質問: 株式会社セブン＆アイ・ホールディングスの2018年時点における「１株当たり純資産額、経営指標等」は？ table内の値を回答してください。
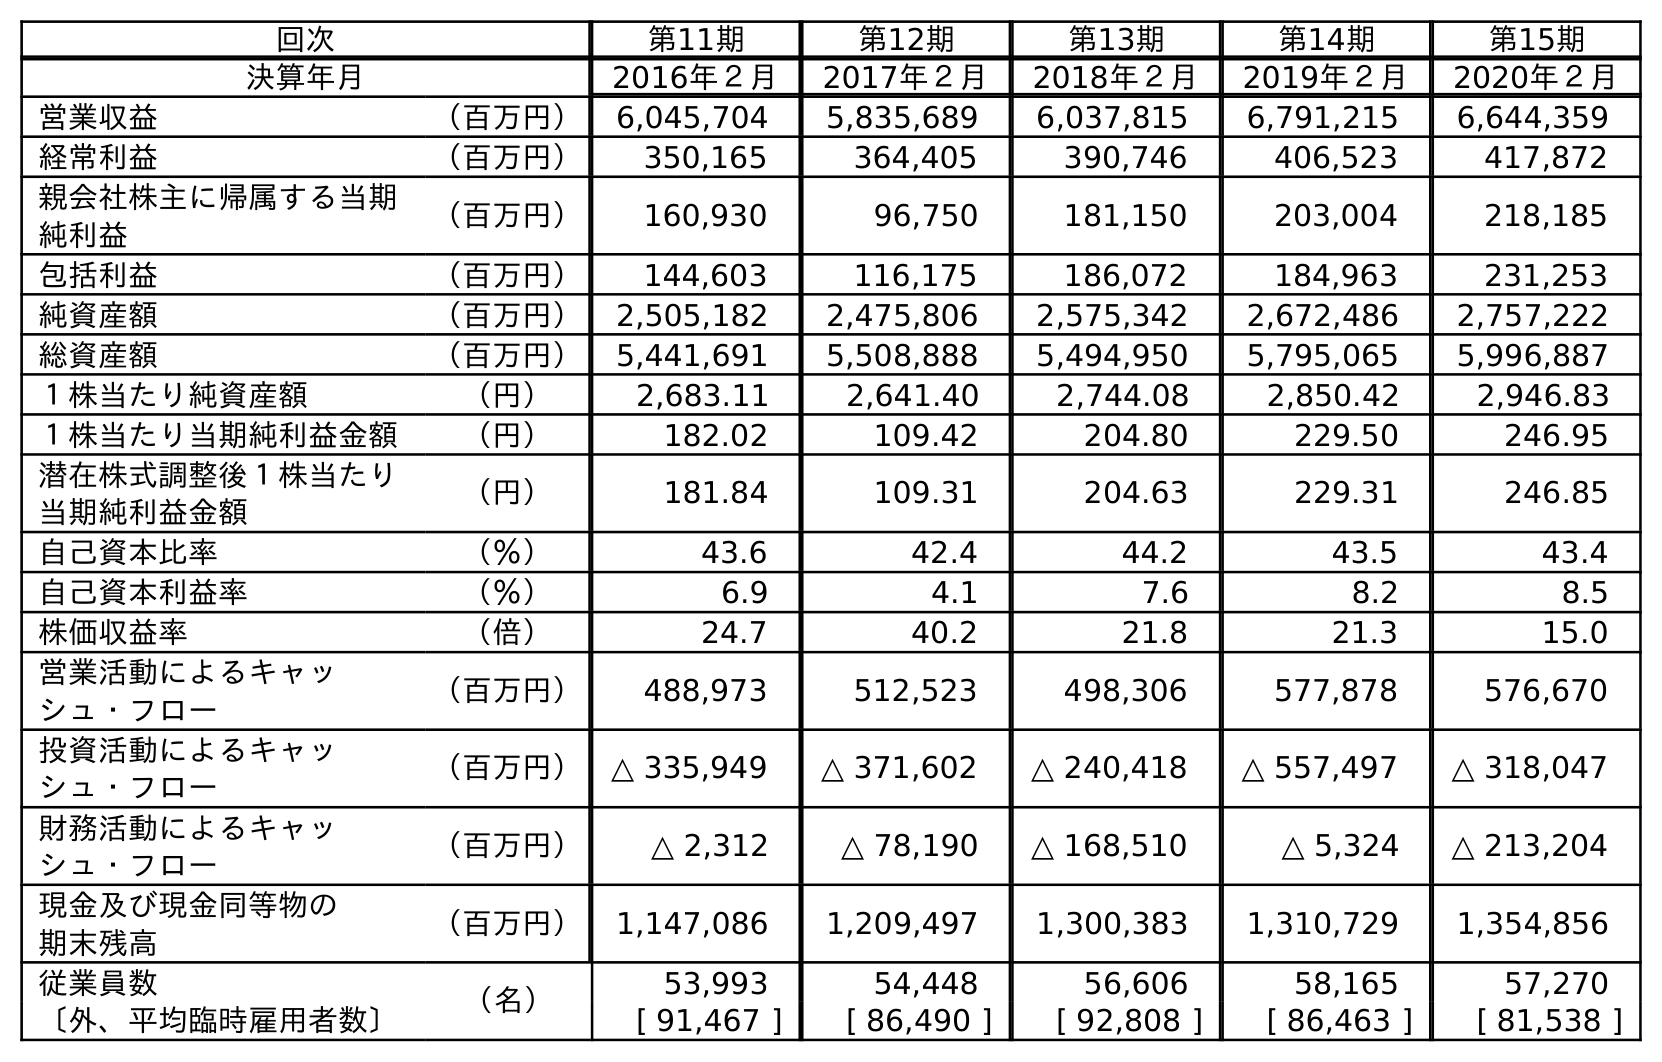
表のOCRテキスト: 回次 第11期 第12期 第13期 第14期 第15期 決算年月 2016年２月 2017年２月 2018年２月 2019年２月 2020年２月 営業収益 （百万円） 6,045,704 5,835,689 6,037,815 6,791,215 6,644,359 経常利益 （百万円） 350,165 364,405 390,746 406,523 417,872 親会社株主に帰属する当期 純利益 （百万円） 160,930 96,750 181,150 203,004 218,185 包括利益 （百万円） 144,603 116,175 186,072 184,963 231,253 純資産額 （百万円） 2,505,182 2,475,806 2,575,342 2,672,486 2,757,222 総資産額 （百万円） 5,441,691 5,508,888 5,494,950 5,795,065 5,996,887 １株当たり純資産額 （円） 2,683.11 2,641.40 2,744.08 2,850.42 2,946.83 １株当たり当期純利益金額 （円） 182.02 109.42 204.80 229.50 246.95 潜在株式調整後１株当たり 当期純利益金額 （円） 181.84 109.31 204.63 229.31 246.85 自己資本比率 （％） 43.6 42.4 44.2 43.5 43.4 自己資本利益率 （％） 6.9 4.1 7.6 8.2 8.5 株価収益率 （倍） 24.7 40.2 21.8 21.3 15.0 営業活動によるキャッ シュ・フロー （百万円） 488,973 512,523 498,306 577,878 576,670 投資活動によるキャッ シュ・フロー （百万円） △ 335,949 △ 371,602 △ 240,418 △ 557,497 △ 318,047 財務活動によるキャッ シュ・フロー （百万円） △ 2,312 △ 78,190 △ 168,510 △ 5,324 △ 213,204 現金及び現金同等物の 期末残高 （百万円） 1,147,086 1,209,497 1,300,383 1,310,729 1,354,856 従業員数 （名） 53,993 54,448 56,606 58,165 57,270 〔外、平均臨時雇用者数〕 [ 91,467 ] [ 86,490 ] [ 92,808 ] [ 86,463 ] [ 81,538 ]
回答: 2,744.08